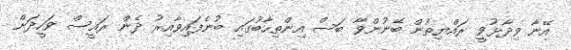
އޭނާ ވިދާޅުވީ ރައްޔިތުން ބޭނުންވާ ބަސް އިންތިހާބުގައި ބުނެފައިވާއިރު ދެން ރައީސް ވަހީދަށް